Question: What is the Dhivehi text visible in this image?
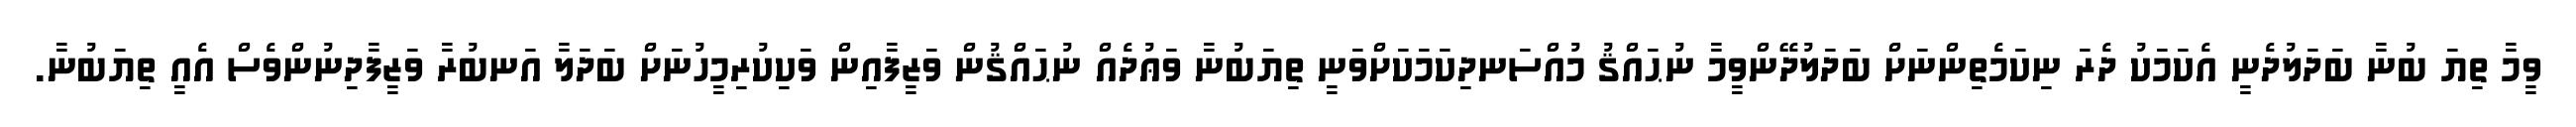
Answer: ވީމާ ތިޔަ ބުނާ ބަދަލުދެނީ އެކަމަކު ދެރަ ނިކަމެތިންނަށް ބަދަލުދޭންވީމާ ނުޙައްޤު މުއްސަނދިކަމަކަށްވަނީ ތިޔަބުނާ ވަޢުދެއް ނުޙައްޤުން ވަޒީފާއިން ވަކިކުރިމީހުނަށް ބަދަލާ އަނބުރާ ވަޒީފާދިނުންވެސް އެއީ ތިޔަބުނާ.